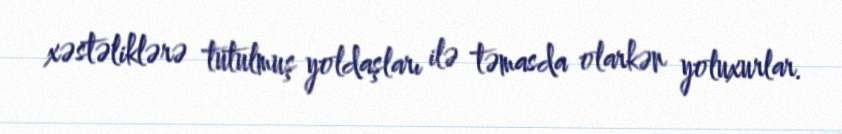
xəstəliklərə tutulmuş yoldaşları ilə təmasda olarkən yoluxurlar.